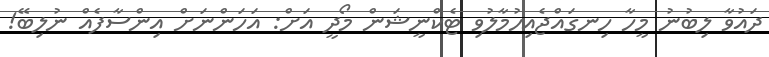
ދައުވާ ލިބުނު މީހާ ހިނގައްޖެއިހުމާލުވި ޓެކްނީޝަން މޯދީ އަށް: އަހަންނަށް އިންސާފެއް ނުލިބޭ!